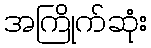
အကြိုက်ဆုံး